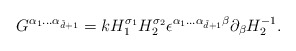
\begin{align*}G^{\alpha_{1}...\alpha _{\tilde d+1}}=k H_{1}^{\sigma_{1}}H_{2}^{\sigma_{2}} \epsilon ^{\alpha _{1}...\alpha_{\tilde d+1}\beta} \partial _{\beta} H_{2}^{-1}. \end{align*}